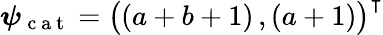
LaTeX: \boldsymbol\psi_{\mathrm{~c~a~t~}}=\big((a+b+1)\, ,(a+1)\big)^{\intercal}